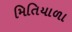
મિતિયાળા